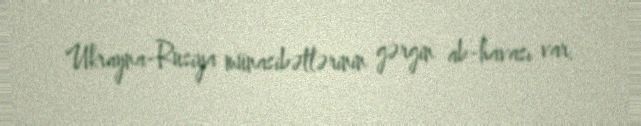
Ukrayna-Rusiya münasibətlərinin gərgin ab-havası var.